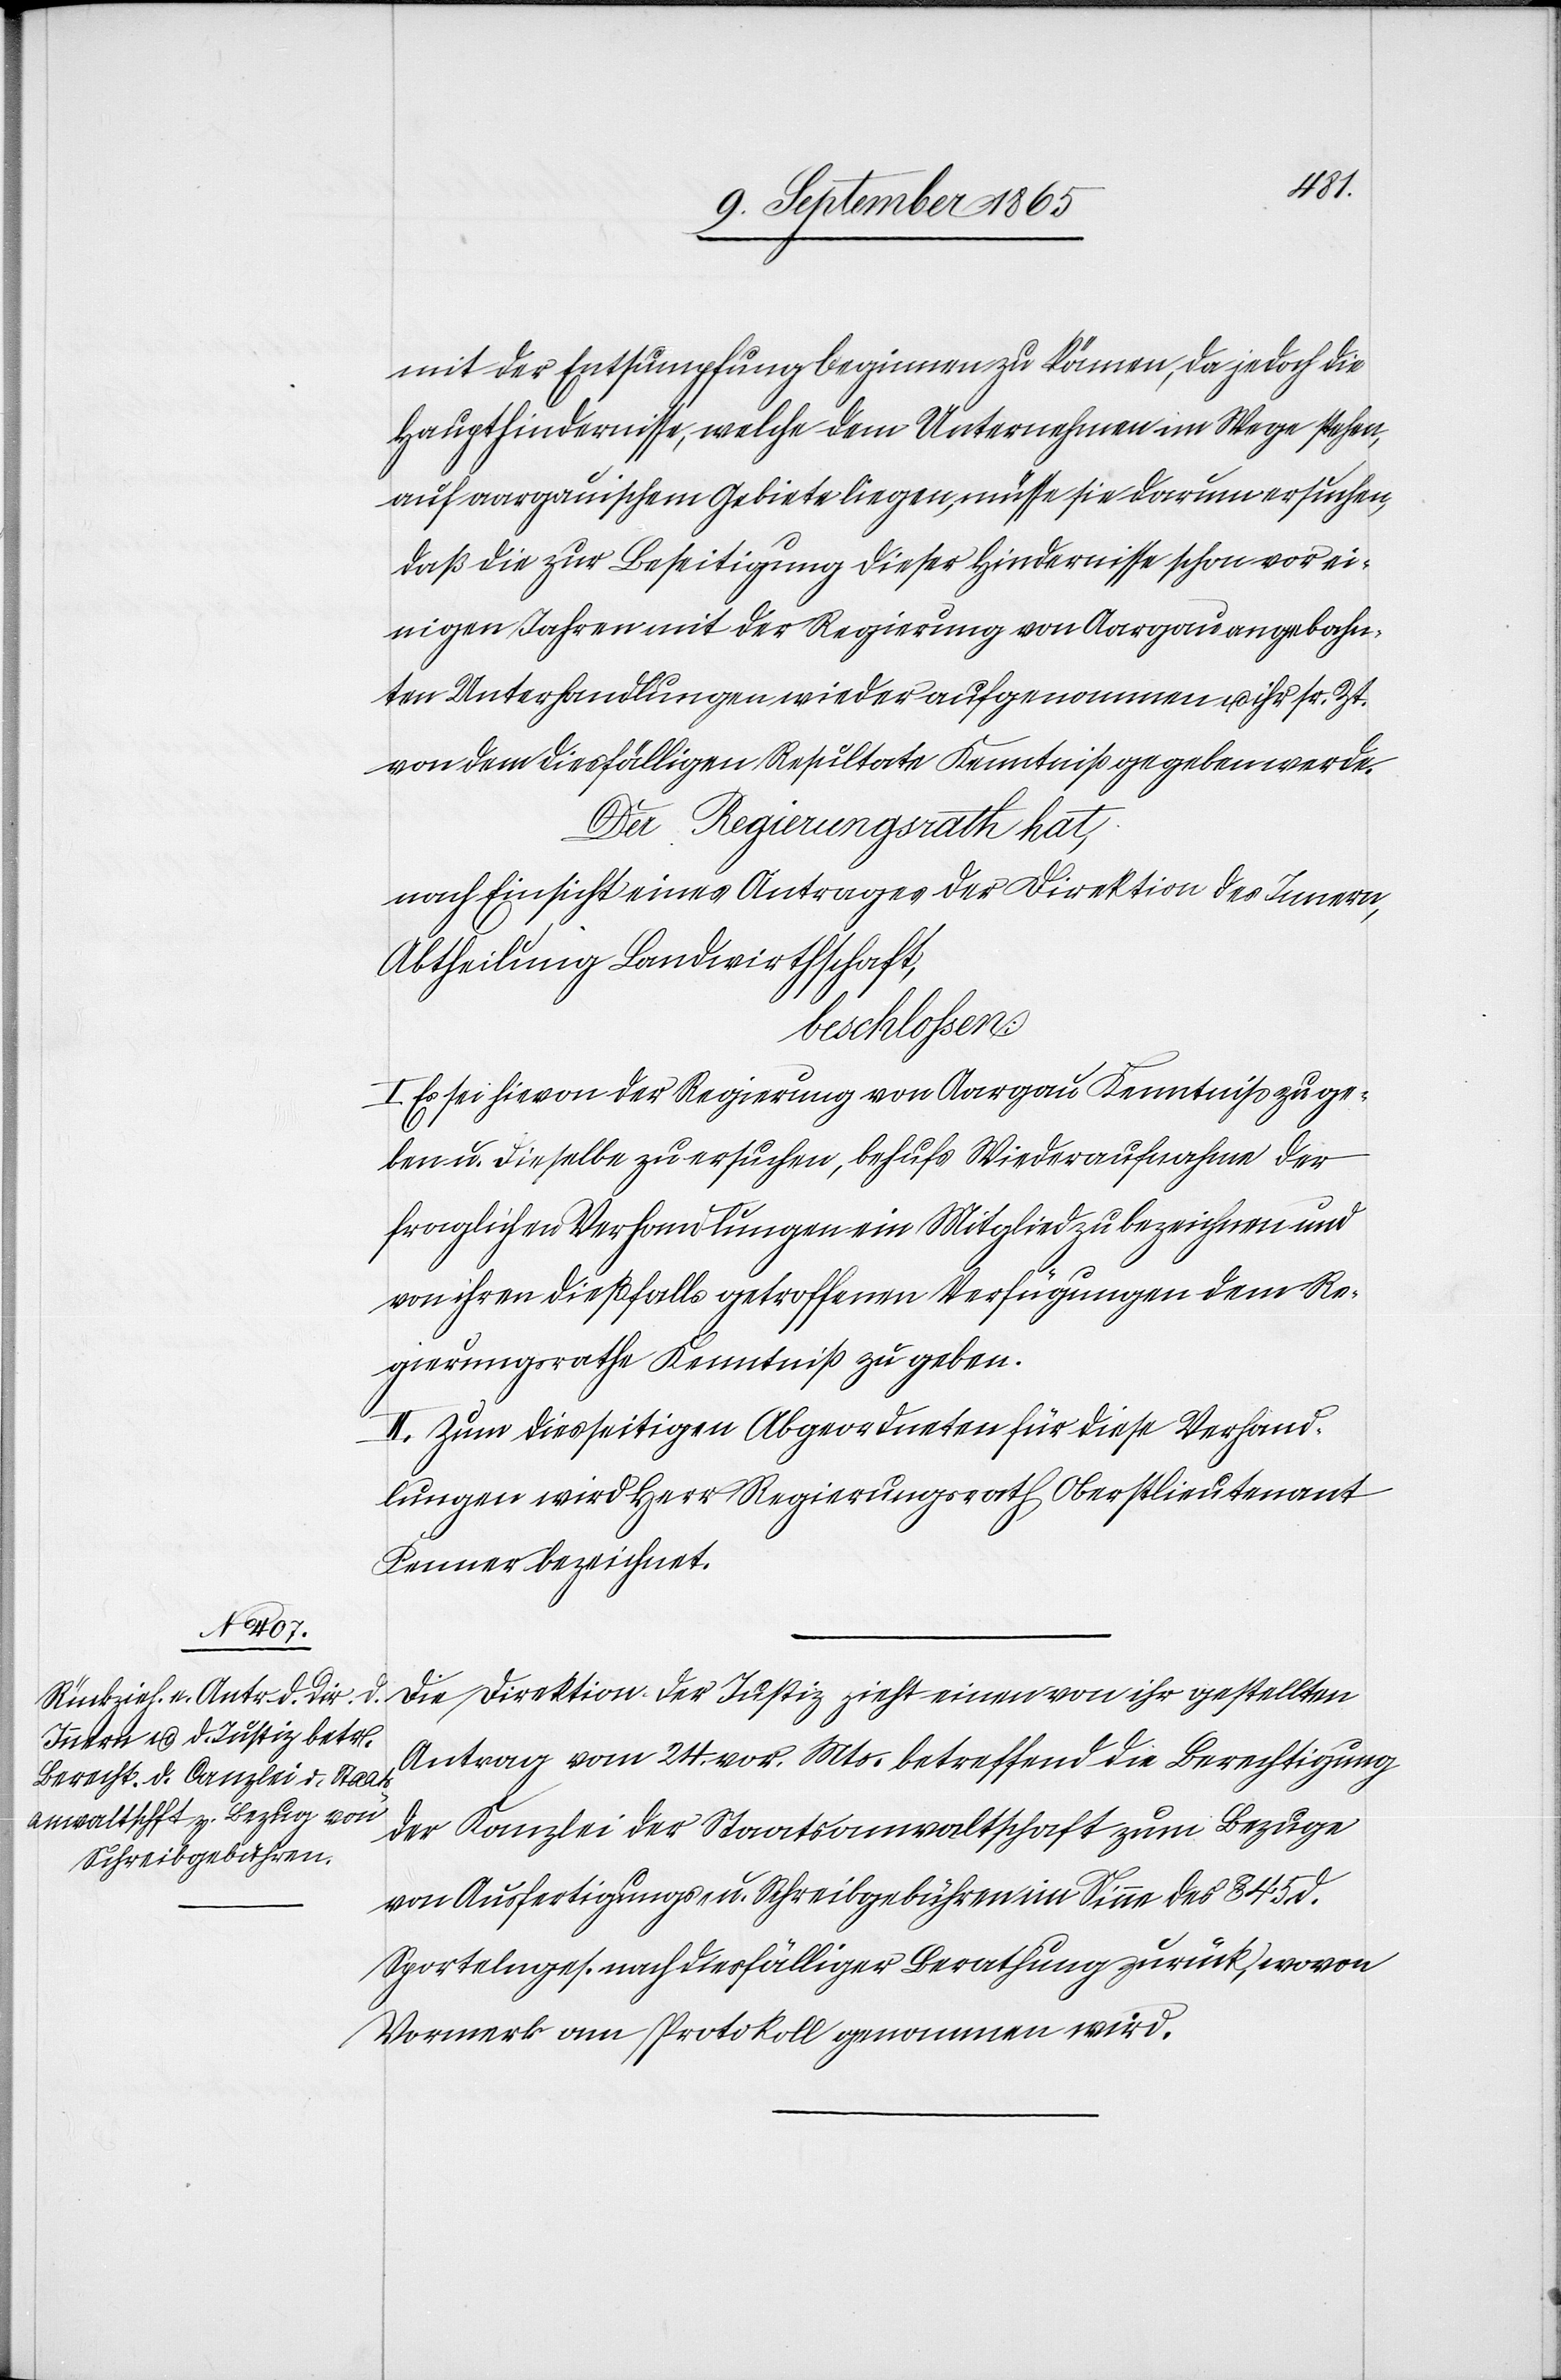
mit der Entsumpfung beginnen zu können, da jedoch die
Haupthindernisse, welche dem Unternehmen im Wege stehen,
auf aargauischem Gebiete liegen, müsse sie darum ersuchen,
daß die zur Beseitigung dieser Hindernisse schon vor ei¬
nigen Jahren mit der Regierung von Aargau angebahn¬
ten Unterhandlungen wieder aufgenommen u. ihr sr. Zt.
von dem diesfälligen Resultate Kenntniß gegeben werde.
Der Regierungsrath hat,
nach Einsicht eines Antrages der Direktion des Innern,
Abtheilung Landwirthschaft,
beschlossen:
I. Es sei hievon der Regierung von Aargau Kenntniß zu ge¬
ben u. dieselbe zu ersuchen, behufs Wiederaufnahme der
fraglichen Verhandlungen ein Mitglied zu bezeichnen und
von ihren dießfalls getroffenen Verfügungen dem Re¬
gierungsrathe Kenntniß zu geben.
II. Zum diesseitigen Abgeordneten für diese Verhand¬
lungen wird Herr Regierungsrath Oberstlieutenant
Fenner bezeichnet.
Die Direktion der Justiz zieht einen von ihr gestellten
Antrag vom 24. vor. Mts. betreffend die Berechtigung
der Kanzlei der Staatsanwaltschaft zum Bezuge
von Ausfertigungs- u. Schreibgebühren im Sinne des § 45 d.
Sportelnges. nach diesfälliger Berathung zurück, wovon
Vormerk am Protokoll genommen wird.